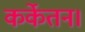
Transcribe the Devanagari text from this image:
कर्केतन।